Civil Veterinary Dept. Bombay admin report 1914-1922 - 1914-1922
Year: 1914
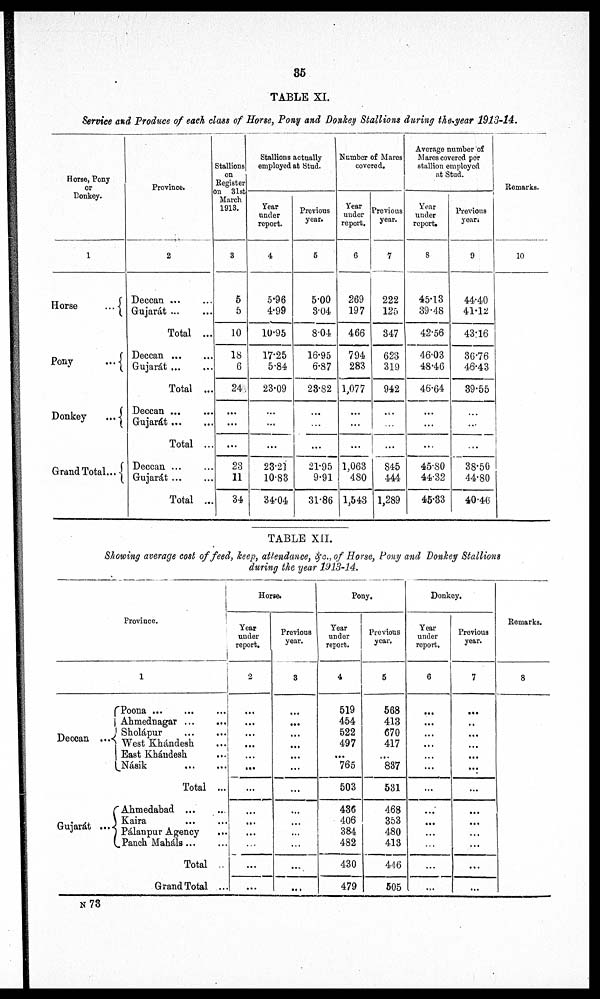
35
TABLE XI.
Service and Produce of each class of Horse, Pony and Donkey Stallions during the year 1913-14.
Horse, Pony
or
Donkey.
1
Horse ...
Pony ...
Donkey ...
Grand Total ...
Province.
2
Deccan ... ...
Gujarat ...
Total ...
Deccan ... ...
Gujarát ... ...
Total ...
Deccan ...
Gujarát ... ...
Total ..
Deccan ...
Gujarát ... ...
Total ...
Stallions
on
Register
on 31st
March
1913.
3
5
5
10
18
6
24
...
...
...
23
11
34
Stallions actually
employed at Stud.
Year
under
report.
4
5.96
4.99
10.95
17.25
5.84
23.09
...
...
...
23.21
10.83
34.04
Previous
year.
5
5.00
3.04
804
16.95
6.87
28.82
...
...
...
21.95
9.91
31.86
Number of Mares
covered.
Year
under
report.
6
269
197
466
794
283
1,077
...
...
...
1,063
480
1,543
Previous
year.
7
222
125
347
623
319
942
...
...
...
845
444
1,289
Average number of
Marcs covered per
stallion employed
at Stud.
Year
under
report.
8
45.13
39.48
42.56
46.03
48.46
46.64
...
...
...
45.80
44.32
45.33
Previous
year
9
44.40
41.12
43:16
36.76
46.43
39.55
...
...
...
38.50
44.80
40.46
Remarks.
10
TABLE XII.
Showing average cost of feed, keep, attendance, &c., of Horse, Pony and Donkey Stallions
during the year 1913-14.
Province.
1
Deccan ...
Gujarát ...
Poona
...
...
...
Ahmednagar ... ...
Sholápur ... ...
West Khándesh ...
East Khándesh ...
Násik ... ...
Total ...
Ahmedabad
...
...
Kaira ... ...
Pálanpur Agency ... ...
Panch Maháls ... ...
Total ...
Grand Total ...
Horse.
Year
under
report.
2
...
...
...
...
...
...
...
...
...
...
...
...
Previous
year.
3
...
...
...
...
...
...
...
...
...
...
...
...
Pony.
Year
under
report.
4
519
454
522
497
...
765
503
436
406
384
482
430
479
Previous
year.
5
568
413
670
417
...
837
531
468
353
480
413
446
505
Donkey.
Year
under
report.
6
...
...
...
...
...
...
...
...
...
...
...
...
...
Previous
year.
7
...
...
...
...
...
...
...
...
...
...
...
...
...
Remarks.
8
N 73